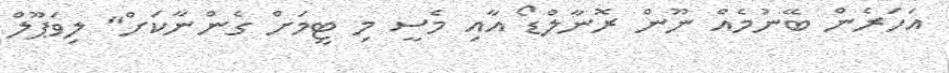
އަހަރެން ބޭނުމެއް ނޫން ރޮނާލްޑޯ އާއި މެސީ މި ޓީމަށް ގެންނާކަށް" ލިވަޕޫލް